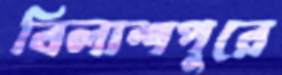
বিলাশপুরে